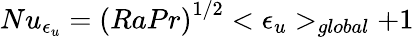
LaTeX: Nu_{\epsilon_{u}}={(RaPr)}^{1/2}<\epsilon_{u}>_{global}+1